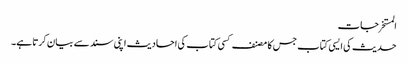
المستخرجات
حدیث کی ایسی کتاب جس کا مصنف کسی کتاب کی احادیث اپنی سند سے بیان کرتا ہے۔